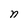
Character: n